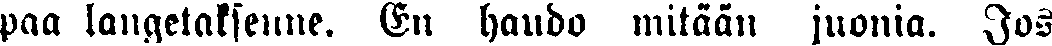
paa langetaksenne. En haudo mitään juonia. Jos